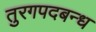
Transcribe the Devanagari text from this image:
तुरगपदबन्ध